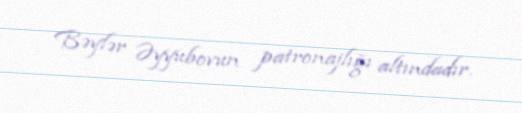
Bəylər Əyyubovun patronajlığı altındadır.